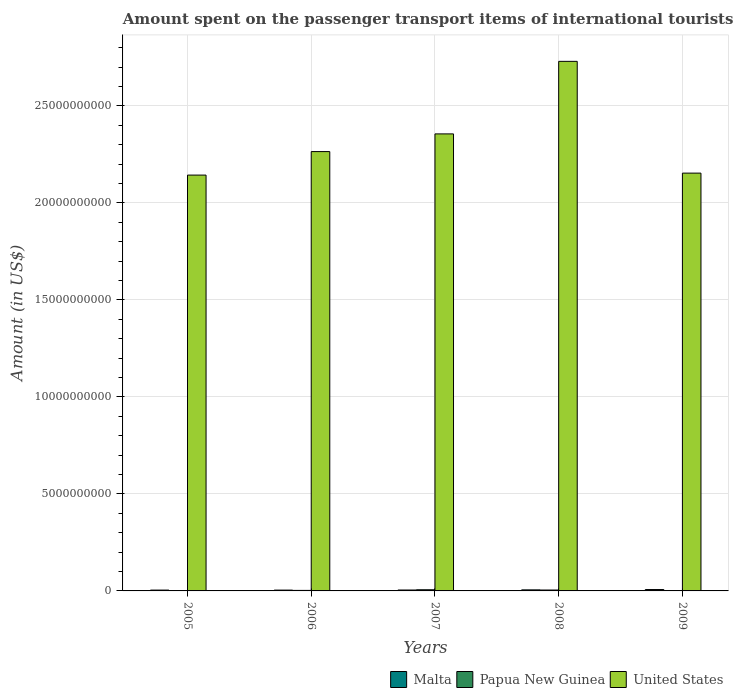
| Years | Malta | Papua New Guinea | United States |
 | --- | --- | --- | --- |
 | 2005 | 4.3e+07 | 6e+05 | 2.14e+10 |
 | 2006 | 4.2e+07 | 2.7e+07 | 2.26e+10 |
 | 2007 | 4.7e+07 | 6e+07 | 2.36e+10 |
 | 2008 | 5.4e+07 | 4.6e+07 | 2.73e+10 |
 | 2009 | 7.1e+07 | 1.9e+07 | 2.15e+10 |